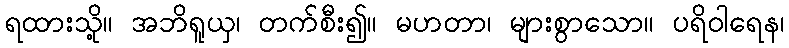
ရထားသို့။ အဘိရူယှ၊ တက်စီး၍။ မဟတာ၊ များစွာသော။ ပရိဝါရေန၊